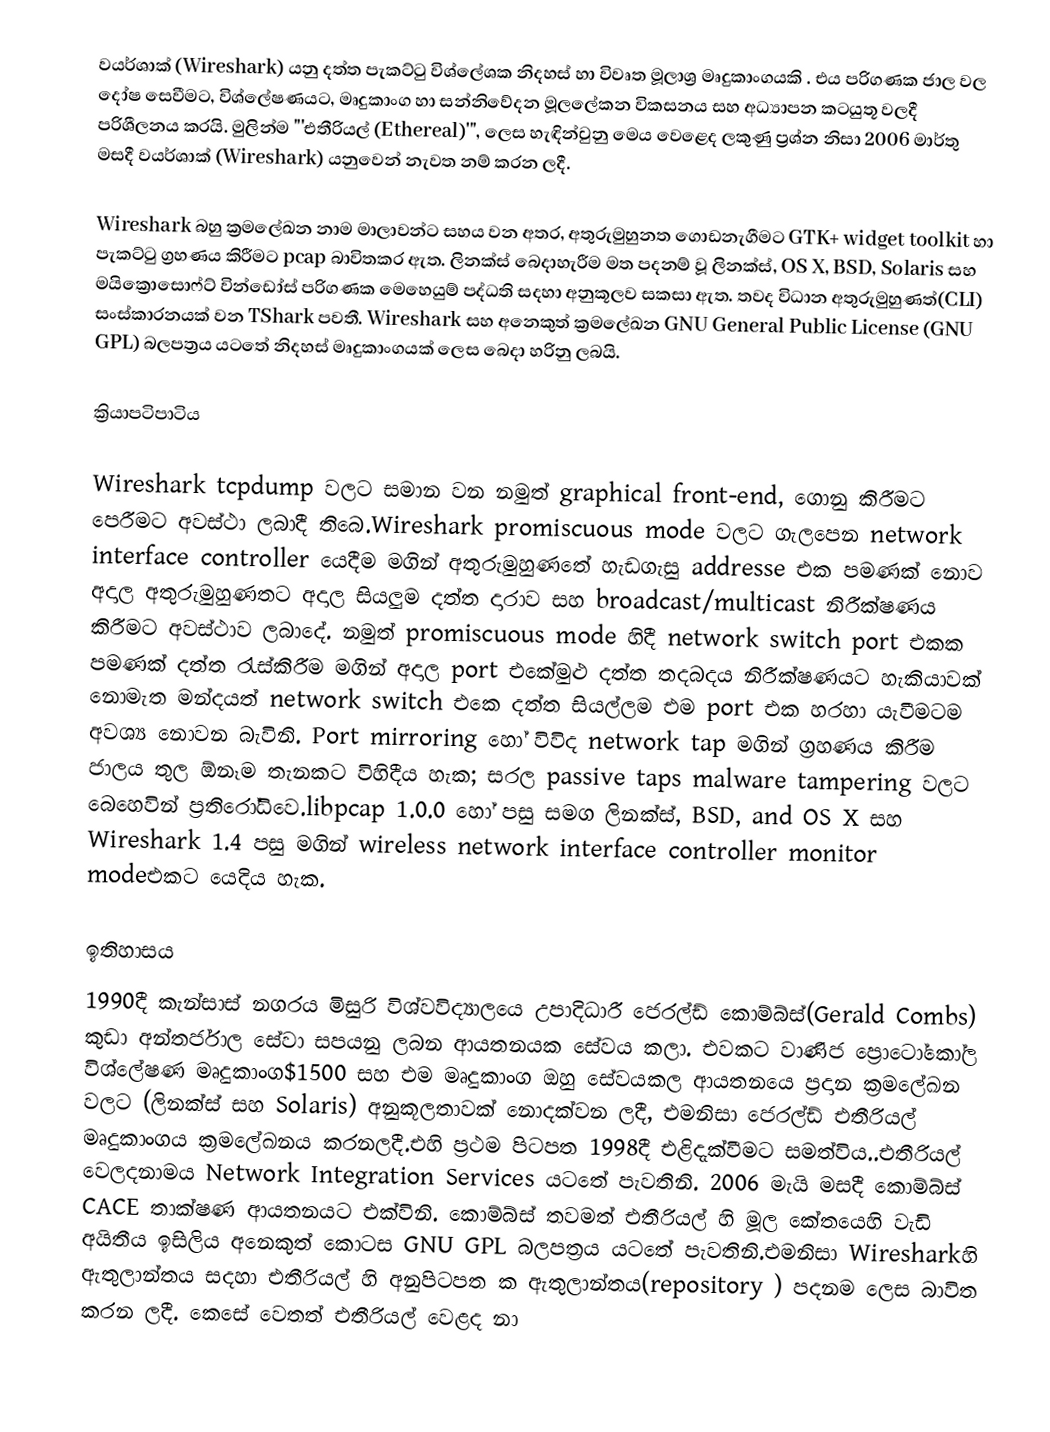
වයර්ශාක් (Wireshark)    යනු දත්ත පැකට්ටු  විශ්ලේශක   නිදහස් හා විවෘත මූලාශ්‍ර මෘදුකාංගයකි . එය පරිගණක ජාල  වල දෝෂ සෙවීමට, විශ්ලේෂණයට, මෘදුකාංග හා සන්නිවේදන මූලලේකන විකසනය සහ අධ්‍යාපන කටයුතූ වලදී  පරිශීලනය කරයි. මුලින්ම "'එතීරියල් (Ethereal)'", ලෙස හැඳින්වුනු මෙය වෙළෙද ලකුණු ප්‍රශ්න නිසා    2006 මාර්තු මසදී වයර්ශාක් (Wireshark)  යනුවෙන් නැවත නම් කරන ලදී.

Wireshark බහු ක්‍රමලේඛන නාම මාලාවන්ට සහය වන අතර,   අතුරුමුහුනත ගොඩනැගීමට  GTK+ widget toolkit  හා  පැකට්ටු  ග්‍රහණය කිරීමට pcap බාවිතකර ඇත.  ලිනක්ස් බෙදාහැරීම මත පදනම් වූ  ලිනක්ස්, OS X, BSD, Solaris සහ  මයික්‍රොසොෆ්ට් වින්ඩෝස්  පරිගණක මෙහෙයුම් පද්ධති සදහා අනුකූලව සකසා ඇත.  තවද විධාන අතුරුමුහුණත්(CLI) සංස්කාරනයක් වන TShark පවතී. Wireshark සහ අනෙකුත් ක්‍රමලේඛන   GNU General Public License (GNU GPL) බලපත්‍රය යටතේ   නිදහස් මෘදුකාංගයක් ලෙස බෙදා හරිනු ලබයි.

ක්‍රියාපටිපාටිය

Wireshark tcpdump වලට සමාන වන  නමුත් graphical front-end, ගොනු කිරීමට පෙරීමට  අවස්ථා ලබාදී තිබෙ.Wireshark promiscuous mode වලට ගැලපෙන network interface controller යෙදීම මගින් අතුරුමුහුණතේ හැඩගැසු addresse එක පමණක් නොව අදාල අතුරුමුහුණතට අදාල සියලුම දත්ත දාරාව සහ broadcast/multicast  නිරීක්ෂණය කිරීමට අවස්ථාව ලබාදේ. නමුත්  promiscuous mode හිදී network switch  port එකක පමණක් දත්ත රැස්කිරීම මගින් අදාල port එකේමුළු දත්ත තදබදය නිරීක්ෂණයට හැකියාවක් නොමැත මන්දයත් network switch එකෙ දත්ත සියල්ලම එම port එක හරහා යැවීමටම අවශ්‍ය නොවන බැවිනි. Port mirroring හෝ  විවිද network tap මගින් ග්‍රහණය කිරීම ජාලය තුල ඕනෑම තැනකට විහිදීය හැක; සරල passive taps malware tampering වලට බෙහෙවින් ප්‍රතිරෝධිවෙ.libpcap 1.0.0  හෝ  පසු  සමග ලිනක්ස්, BSD, and OS X  සහ Wireshark 1.4  පසු  මගින් wireless network interface controller monitor modeඑකට යෙදිය හැක.

ඉතිහාසය
1990දී කැන්සාස් නගරය මිසුරි විශ්වවිද්‍යාලයෙ උපාදිධාරී ජෙරල්ඩ් කොම්බ්ස්(Gerald Combs) කුඩා අන්තර්ජාල සේවා සපයනු ලබන ආයතනයක සේවය කලා. එවකට වාණිජ ප්‍රොටෝකෝල විශ්ලේෂණ මෘදුකාංග$1500 සහ එම මෘදුකාංග ඔහු සේවයකල ආයතනයෙ ප්‍රදාන ක්‍රමලේඛන වලට (ලිනක්ස් සහ Solaris) අනුකූලතාවක් නොදක්වන ලදී, එමනිසා ජෙරල්ඩ්  එතීරියල්  මෘදුකාංගය ක්‍රමලේඛනය කරනලදී.එහි ප්‍රථම පිටපත 1998දී එළිදැක්වීමට සමත්විය..එතීරියල්  වෙලදනාමය  Network Integration Services යටතේ පැවතිනි. 2006 මැයි මසදී කොම්බ්ස් CACE තාක්ෂණ ආයතනයට එක්විනි. කොම්බ්ස් තවමත් එතීරියල් හි මූල කේතයෙහි වැඩි අයිතීය ඉසිලිය අනෙකුත් කොටස GNU GPL බලපත්‍රය යටතේ පැවතිනි.එමනිසා Wiresharkහි ඇතුලාන්තය සදහා එතීරියල් හි අනුපිටපත ක ඇතුලාන්තය(repository ) පදනම ලෙස බාවිත කරන ලදී. කෙසේ වෙතත් එතීරියල්   වෙළද නා